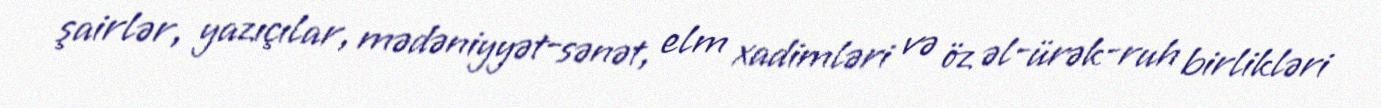
şairlər, yazıçılar, mədəniyyət-sənət, elm xadimləri və öz əl-ürək-ruh birlikləri